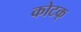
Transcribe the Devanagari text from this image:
कोटक्